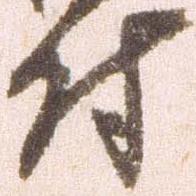
付